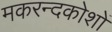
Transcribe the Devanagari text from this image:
मकरन्दकोशों